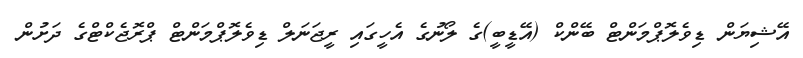
އޭޝިޔަން ޑިވެލޮޕްމަންޓް ބޭންކް (އޭޑީބީ)ގެ ލޯނުގެ އެހީގައި ރީޖަނަލް ޑިވެލޮޕްމަންޓް ޕްރޮޖެކްޓްގެ ދަށުން